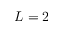
L = 2